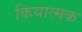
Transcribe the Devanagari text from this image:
कियात्मक